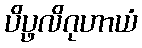
ပိပ္ဖလိဂုဟာယံ